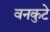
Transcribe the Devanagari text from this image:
वनकुटे